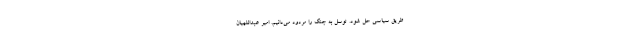
طریق سیاسی حل شود. توسل به جنگ را مردود می‌دانیم. امیر عبداللهیان